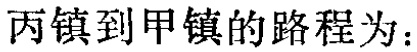
丙镇到甲镇的路程为：